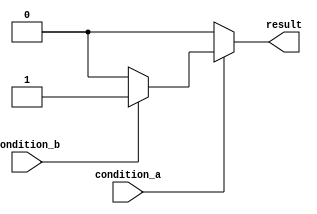
module nested_if_else(
    input wire condition_a,
    input wire condition_b,
    output reg result
);

always @(*)
begin
    if (condition_a)
    begin
        if (condition_b)
            result <= 1;
        else
            result <= 0;
    end
    else
        result <= 0;
end

endmodule